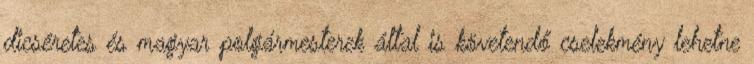
dicséretes és magyar polgármesterek által is követendő cselekmény lehetne